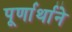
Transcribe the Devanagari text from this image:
पूर्णार्थाने